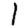
Digit: 1